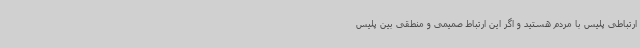
ارتباطی پلیس با مردم هستید و اگر این ارتباط صمیمی و منطقی بین پلیس